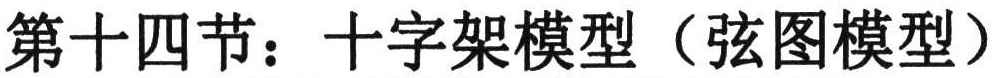
第十四节：十字架模型（弦图模型）